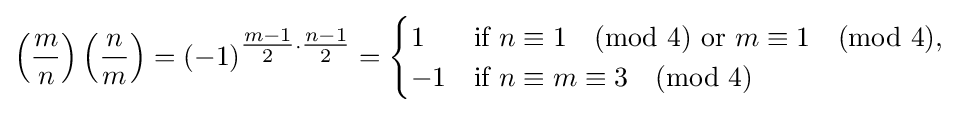
\left({\frac {m}{n}}\right)\left({\frac {n}{m}}\right)=(-1)^{{\tfrac {m-1}{2}}\cdot {\tfrac {n-1}{2}}}={\begin{cases}1&{\text{if }}n\equiv 1{\pmod {4}}{\text{ or }}m\equiv 1{\pmod {4}},\\-1&{\text{if }}n\equiv m\equiv 3{\pmod {4}}\end{cases}}